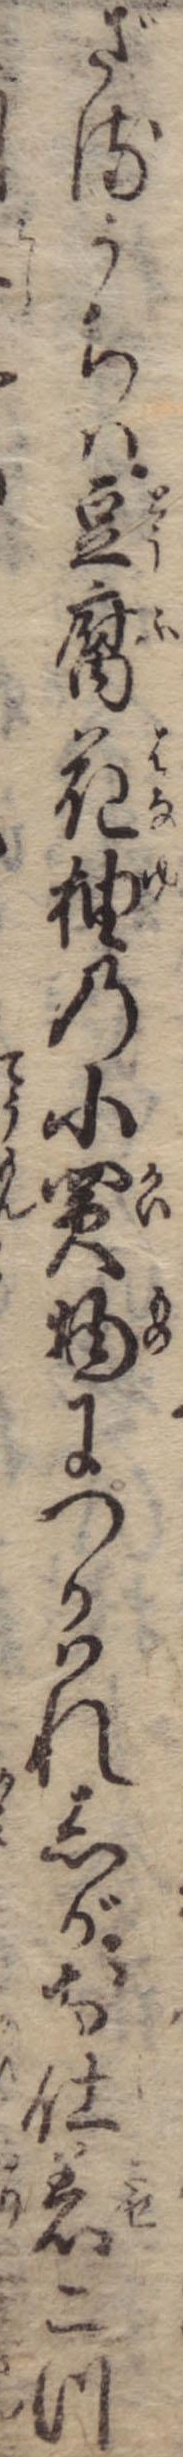
ざるうちは豆腐花柚の小買物につかはれしがお仕着二つ